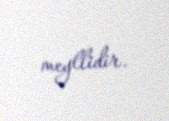
meyllidir.